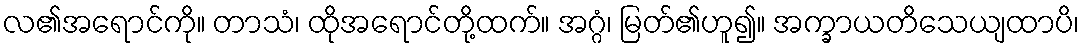
လ၏အရောင်ကို။ တာသံ၊ ထိုအရောင်တို့ထက်။ အဂ္ဂံ၊ မြတ်၏ဟူ၍။ အက္ခာယတိသေယျထာပိ၊